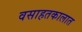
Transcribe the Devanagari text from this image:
वसाहतकालात